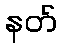
နတ်